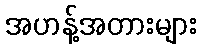
အဟန့်အတားများ